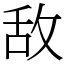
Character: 敌